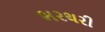
ભરથરી